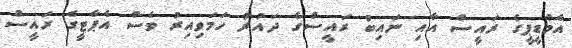
އެމްޑީޕީގެ ރައީސް އާއި ނައިބު ރައީސްގެ ދައުރު ހަމަވިއިރު ވެސް އެޕާޓީގެ ރައީސް